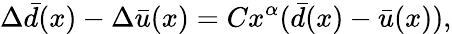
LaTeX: \Delta\bar{d}(x)-\Delta\bar{u}(x)=Cx^{\alpha}(\bar{d}(x)-\bar{u}(x)),